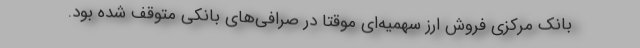
بانک مرکزی فروش ارز سهمیه‌ای موقتاً در صرافی‌های بانکی متوقف شده بود.